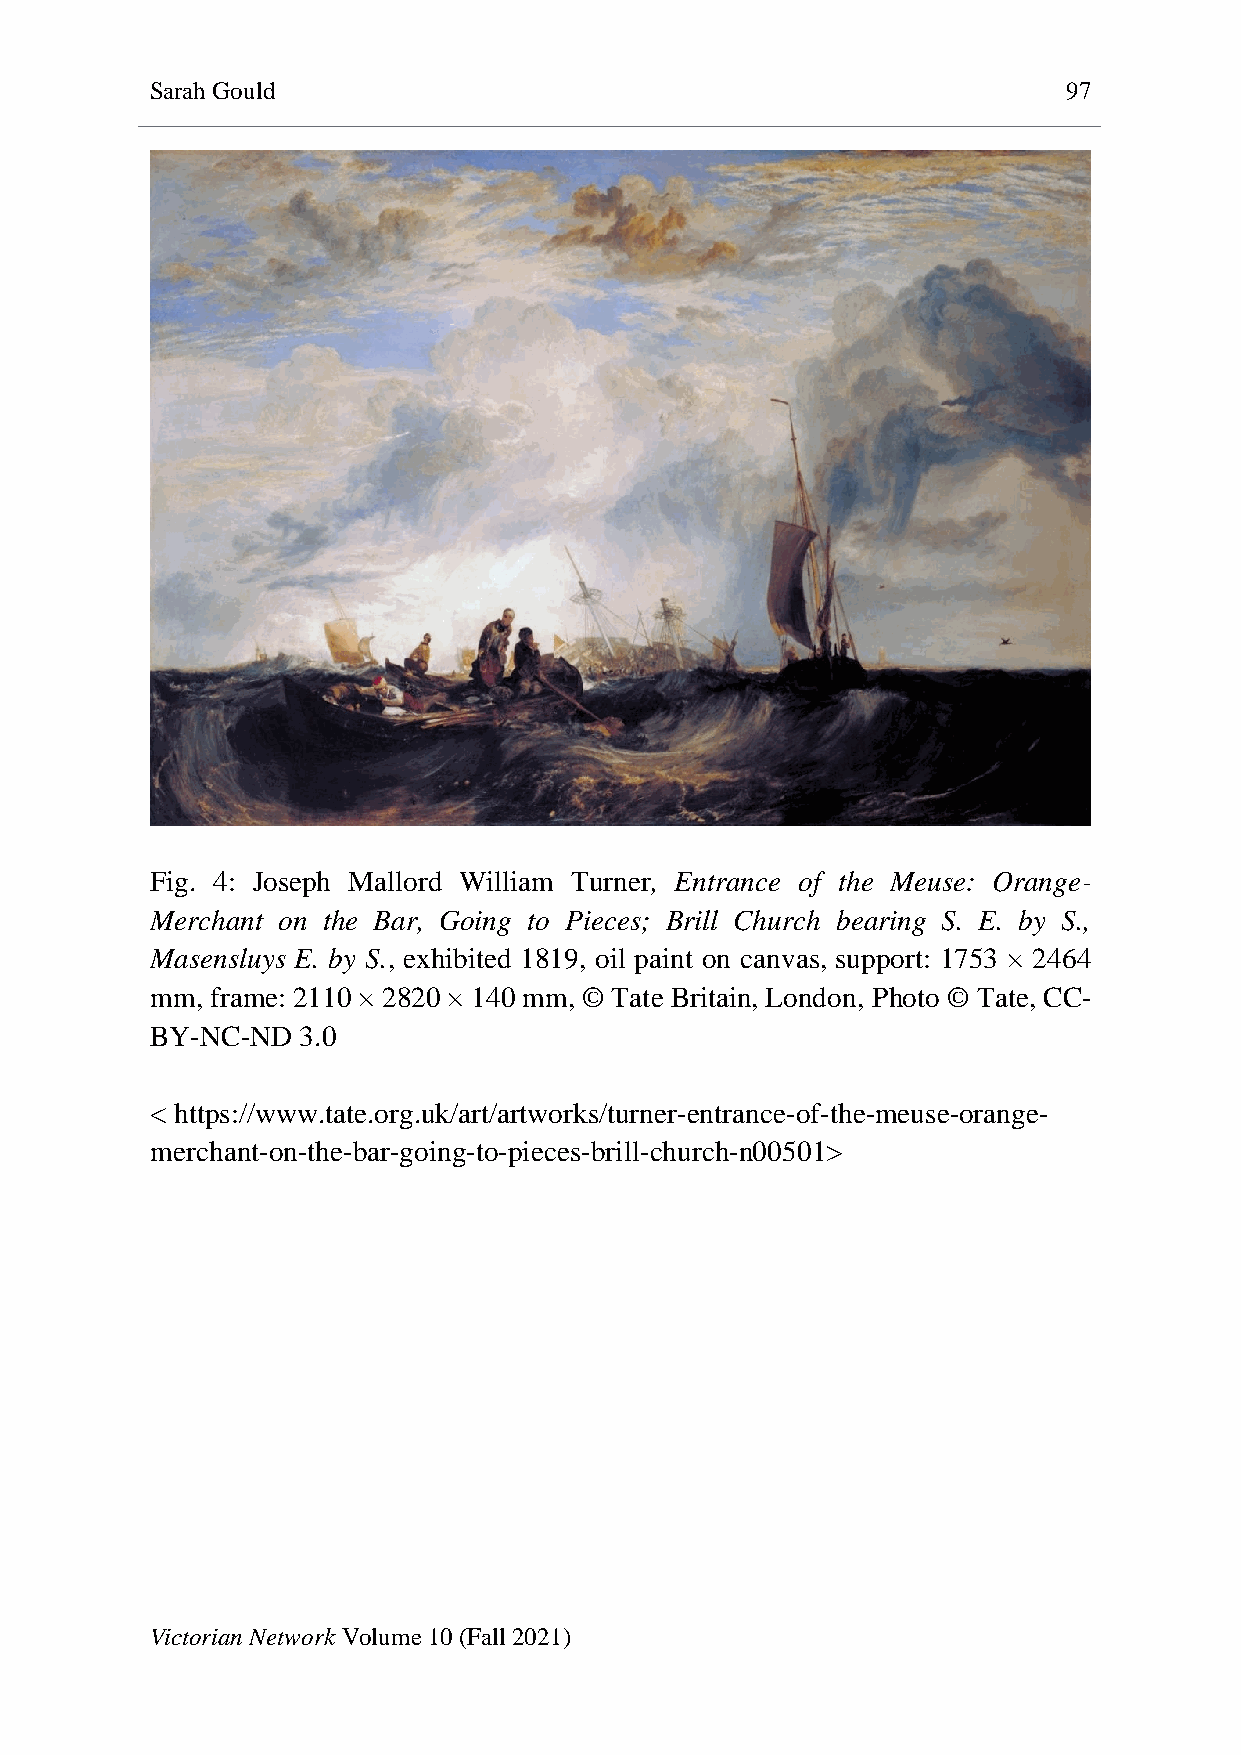
Sarah Gould                                                  97
 Fig. 4: Joseph Mallord William Turner, Entrance of the Meuse: Orange-
 Merchant on the Bar, Going to Pieces; Brill Church bearing S. E. by S.,
 Masensluys E. by S., exhibited 1819, oil paint on canvas, support: 1753 × 2464
 mm, frame: 2110 × 2820 × 140 mm, © Tate Britain, London, Photo © Tate, CC-
 BY-NC-ND  3.0
 < https://www.tate.org.uk/art/artworks/turner-entrance-of-the-meuse-orange-
 merchant-on-the-bar-going-to-pieces-brill-church-n00501>
 Victorian Network Volume 10 (Fall 2021)